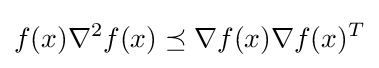
f(x)\nabla ^{2}f(x)\preceq \nabla f(x)\nabla f(x)^{T}